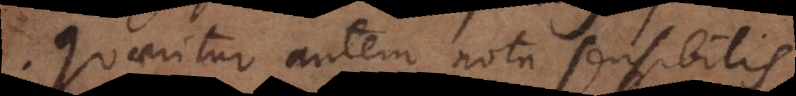
Quaeritur autem nota sensibilis